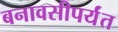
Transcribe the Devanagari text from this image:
बनावसीपर्यंत